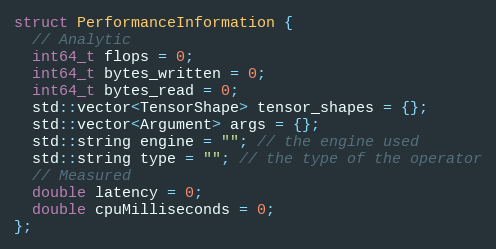
Language: C
struct PerformanceInformation {
  // Analytic
  int64_t flops = 0;
  int64_t bytes_written = 0;
  int64_t bytes_read = 0;
  std::vector<TensorShape> tensor_shapes = {};
  std::vector<Argument> args = {};
  std::string engine = ""; // the engine used
  std::string type = ""; // the type of the operator
  // Measured
  double latency = 0;
  double cpuMilliseconds = 0;
};